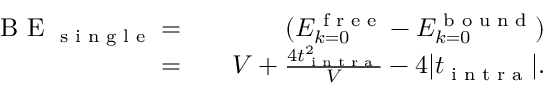
\begin{array} { r l r } { \textrm { B E } _ { \textrm { s i n g l e } } = } & { { } } & { ( E _ { k = 0 } ^ { \textrm { f r e e } } - E _ { k = 0 } ^ { \textrm { b o u n d } } ) } \\ { = } & { { } } & { V + \frac { 4 t _ { \textrm { i n t r a } } ^ { 2 } } { V } - 4 | t _ { \textrm { i n t r a } } | . } \end{array}